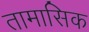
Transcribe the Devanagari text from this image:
तामासिक